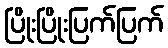
ပြိုးပြိုးပြက်ပြက်